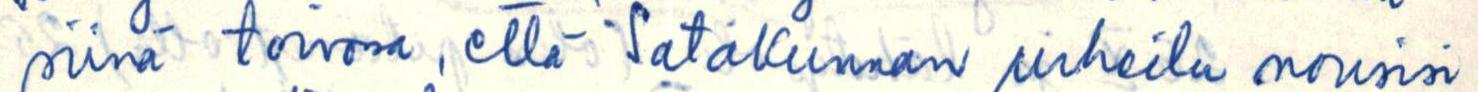
siinä toivona, että Satakunnan urheilu nousisi